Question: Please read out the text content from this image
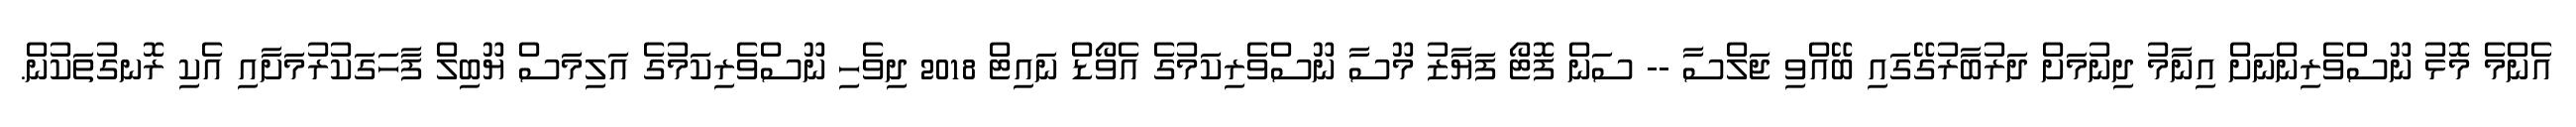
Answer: އެންމެ މޮޅު ނޫސްވެރިންނަށް އިނާމު ދިނުމަށް ދަރުބާރުގޭގައި ބޭއްވި ޖަލްސާ -- ސަން ފޮޓޯ ފަޔާޒު މޫސާ ނޫސްވެރިކަމުގެ އެވޯޑް ނައިޓް 2018 ދިވެހި ނޫސްވެރިކަމުގެ އަލިމަސް ޔޫބިލް ފާހަގަކުރުމަށާއި އެކި ރޮނގުތަކުން.